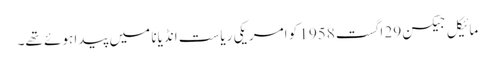
مائیکل جیکسن 29 اگست 1958 کو امریکی ریاست انڈیانا میں پیدا ہوئے تھے۔